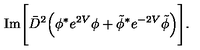
\mathrm { I m } \Bigg [ \bar { D } ^ { 2 } \Big ( \phi ^ { * } e ^ { 2 V } \phi + \tilde { \phi } ^ { * } e ^ { - 2 V } \tilde { \phi } \Big ) \Bigg ] .